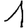
Digit: 1